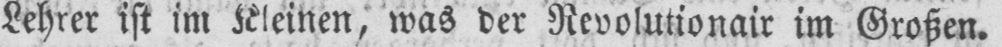
Lehrer ist im Kleinen, was der Revolutionair im Großen.